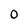
Character: 0